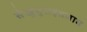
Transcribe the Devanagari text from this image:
सेखुपुराइंतजाम